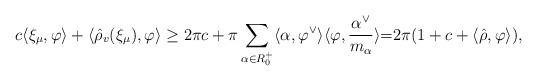
LaTeX: \begin{align*}c\langle \xi_\mu,\varphi\rangle + \langle \hat\rho_v (\xi_\mu),\varphi\rangle\geq2\pi c +\pi\sum_{\alpha\in R_0^+} \langle \alpha,\varphi^\vee\rangle \langle \varphi,\frac{\alpha^\vee}{m_\alpha}\rangle {=} 2\pi (1+c+ \langle \hat\rho,\varphi\rangle ),\end{align*}